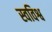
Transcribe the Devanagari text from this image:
स्वविश्व